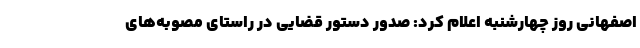
اصفهانی روز چهارشنبه اعلام کرد: صدور دستور قضایی در راستای مصوبه‌های